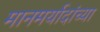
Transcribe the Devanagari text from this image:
मानमर्यादांच्या